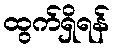
ထွက်ရှိရန်